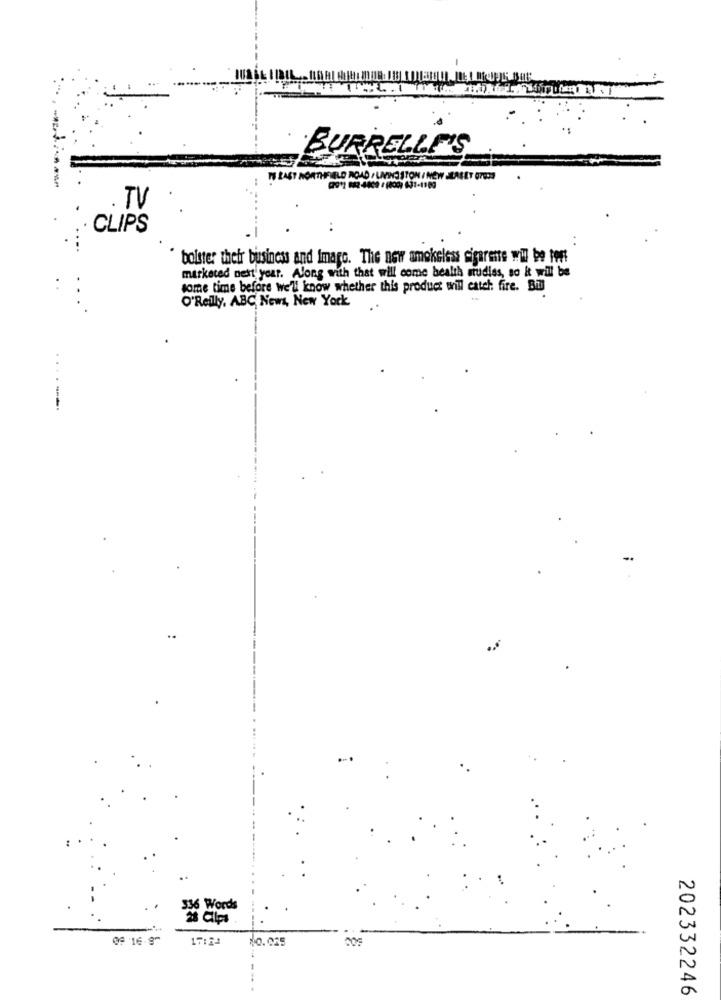
BURRELLE'S
IN EAST NORTHFIELD ROAD , LIVINGSTON I NEW JERSEY GTER
TV
CLIPS
bolster their business and Image. The new smokeless cigarette wil be topt
marketed next year. Along with that will come health mudiss, so & will be
some time before we'll know whether this product will catch fire. Bil
..
O'Reilly, ABC News, New York
..
---
..
..
336 Words
28 Clips
09 :16-87
17:24
10.065
202332246